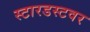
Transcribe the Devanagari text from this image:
स्टारडस्टवर